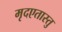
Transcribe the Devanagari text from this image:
मृदएतास्तु